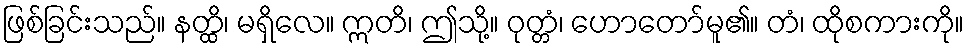
ဖြစ်ခြင်းသည်။ နတ္ထိ၊ မရှိလေ။ ဣတိ၊ ဤသို့။ ဝုတ္တံ၊ ဟောတော်မူ၏။ တံ၊ ထိုစကားကို။